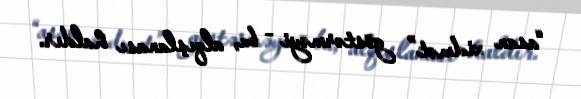
“asan xidmət” göstərməyi - bu, alqışlanası haldır.